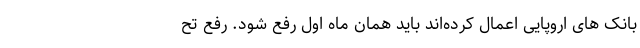
بانک های اروپایی اعمال کرده‌اند باید همان ماه اول رفع شود. رفع تح